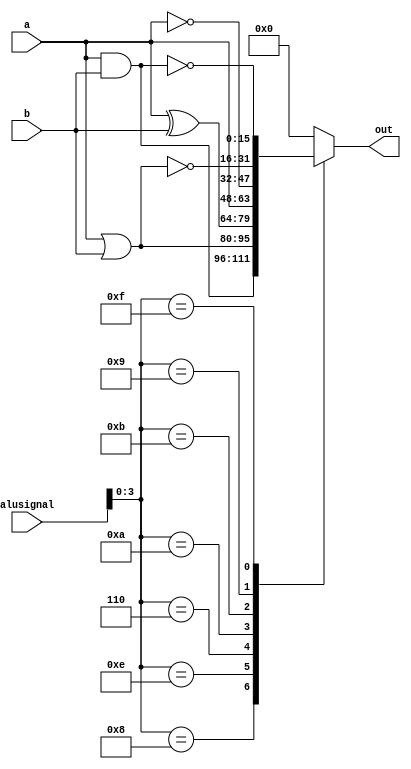
/*
   This file was generated automatically by Alchitry Labs version 1.2.7.
   Do not edit this file directly. Instead edit the original Lucid source.
   This is a temporary file and any changes made to it will be destroyed.
*/

module boolean_8 (
    input [15:0] a,
    input [15:0] b,
    input [5:0] alusignal,
    output reg [15:0] out
  );
  
  
  
  always @* begin
    
    case (alusignal[0+3-:4])
      4'h8: begin
        out = a & b;
      end
      4'he: begin
        out = a | b;
      end
      4'h6: begin
        out = a ^ b;
      end
      4'ha: begin
        out = a;
      end
      4'hb: begin
        out = ~a;
      end
      4'h9: begin
        out = ~(a | b);
      end
      4'hf: begin
        out = ~(a & b);
      end
      default: begin
        out = 1'h0;
      end
    endcase
  end
endmodule